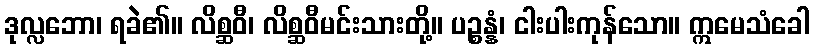
ဒုလ္လဘော၊ ရခဲ၏။ လိစ္ဆဝီ၊ လိစ္ဆဝီမင်းသားတို့။ ပဉ္စန္နံ၊ ငါးပါးကုန်သော။ ဣမေသံခေါ